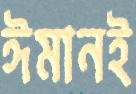
ঈমানই